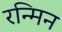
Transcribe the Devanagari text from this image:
रन्मिन